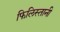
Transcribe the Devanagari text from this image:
फिलिस्तानी